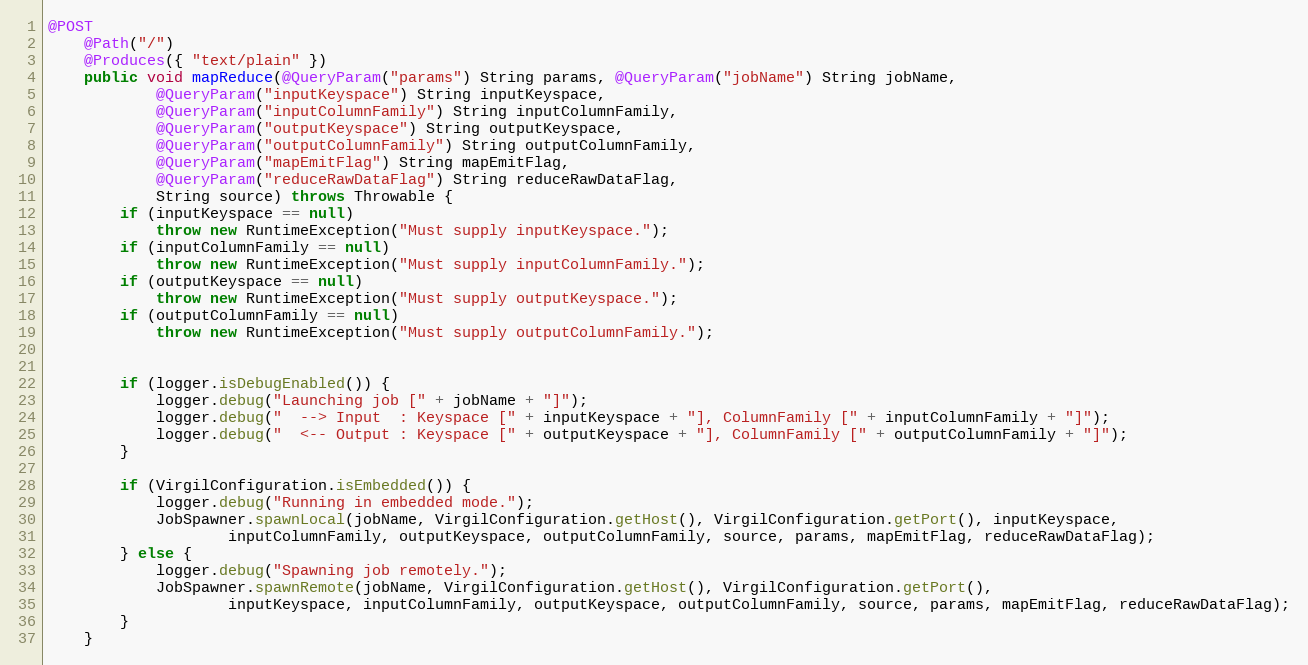
Language: Java
@POST
    @Path("/")
    @Produces({ "text/plain" })
    public void mapReduce(@QueryParam("params") String params, @QueryParam("jobName") String jobName,
            @QueryParam("inputKeyspace") String inputKeyspace,
            @QueryParam("inputColumnFamily") String inputColumnFamily,
            @QueryParam("outputKeyspace") String outputKeyspace,
            @QueryParam("outputColumnFamily") String outputColumnFamily,
            @QueryParam("mapEmitFlag") String mapEmitFlag,
            @QueryParam("reduceRawDataFlag") String reduceRawDataFlag,
            String source) throws Throwable {
        if (inputKeyspace == null)
            throw new RuntimeException("Must supply inputKeyspace.");
        if (inputColumnFamily == null)
            throw new RuntimeException("Must supply inputColumnFamily.");
        if (outputKeyspace == null)
            throw new RuntimeException("Must supply outputKeyspace.");
        if (outputColumnFamily == null)
            throw new RuntimeException("Must supply outputColumnFamily.");

        if (logger.isDebugEnabled()) {
            logger.debug("Launching job [" + jobName + "]");
            logger.debug("  --> Input  : Keyspace [" + inputKeyspace + "], ColumnFamily [" + inputColumnFamily + "]");
            logger.debug("  <-- Output : Keyspace [" + outputKeyspace + "], ColumnFamily [" + outputColumnFamily + "]");
        }

        if (VirgilConfiguration.isEmbedded()) {
            logger.debug("Running in embedded mode.");
            JobSpawner.spawnLocal(jobName, VirgilConfiguration.getHost(), VirgilConfiguration.getPort(), inputKeyspace,
                    inputColumnFamily, outputKeyspace, outputColumnFamily, source, params, mapEmitFlag, reduceRawDataFlag);
        } else {
            logger.debug("Spawning job remotely.");
            JobSpawner.spawnRemote(jobName, VirgilConfiguration.getHost(), VirgilConfiguration.getPort(),
                    inputKeyspace, inputColumnFamily, outputKeyspace, outputColumnFamily, source, params, mapEmitFlag, reduceRawDataFlag);
        }
    }